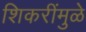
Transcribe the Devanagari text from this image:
शिकरींमुळे